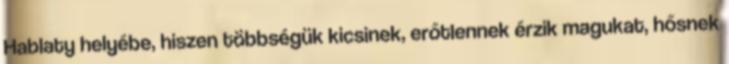
Hablaty helyébe, hiszen többségük kicsinek, erőtlennek érzik magukat, hősnek